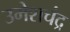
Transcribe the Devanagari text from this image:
उमेशचंद्र